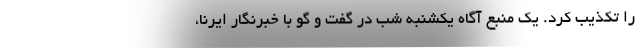
را تکذیب کرد. یک منبع آگاه یکشنبه شب در گفت و گو با خبرنگار ایرنا،